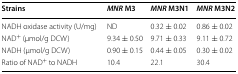
<table><thead><tr><td><b>Strains</b></td><td><b><i>MNR</i> M3</b></td><td><b><i>MNR</i> M3N1</b></td><td><b><i>MNR</i> M3N2</b></td></tr></thead><tbody><tr><td>NADH oxidase activity (U/mg)</td><td>ND</td><td>0.32 ± 0.02</td><td>0.86 ± 0.02</td></tr><tr><td>NAD<sup>+</sup> (μmol/g DCW)</td><td>9.34 ± 0.50</td><td>9.71 ± 0.33</td><td>9.11 ± 0.72</td></tr><tr><td>NADH (μmol/g DCW)</td><td>0.90 ± 0.15</td><td>0.44 ± 0.05</td><td>0.30 ± 0.02</td></tr><tr><td>Ratio of NAD<sup>+</sup> to NADH</td><td>10.4</td><td>22.1</td><td>30.4</td></tr></tbody></table>